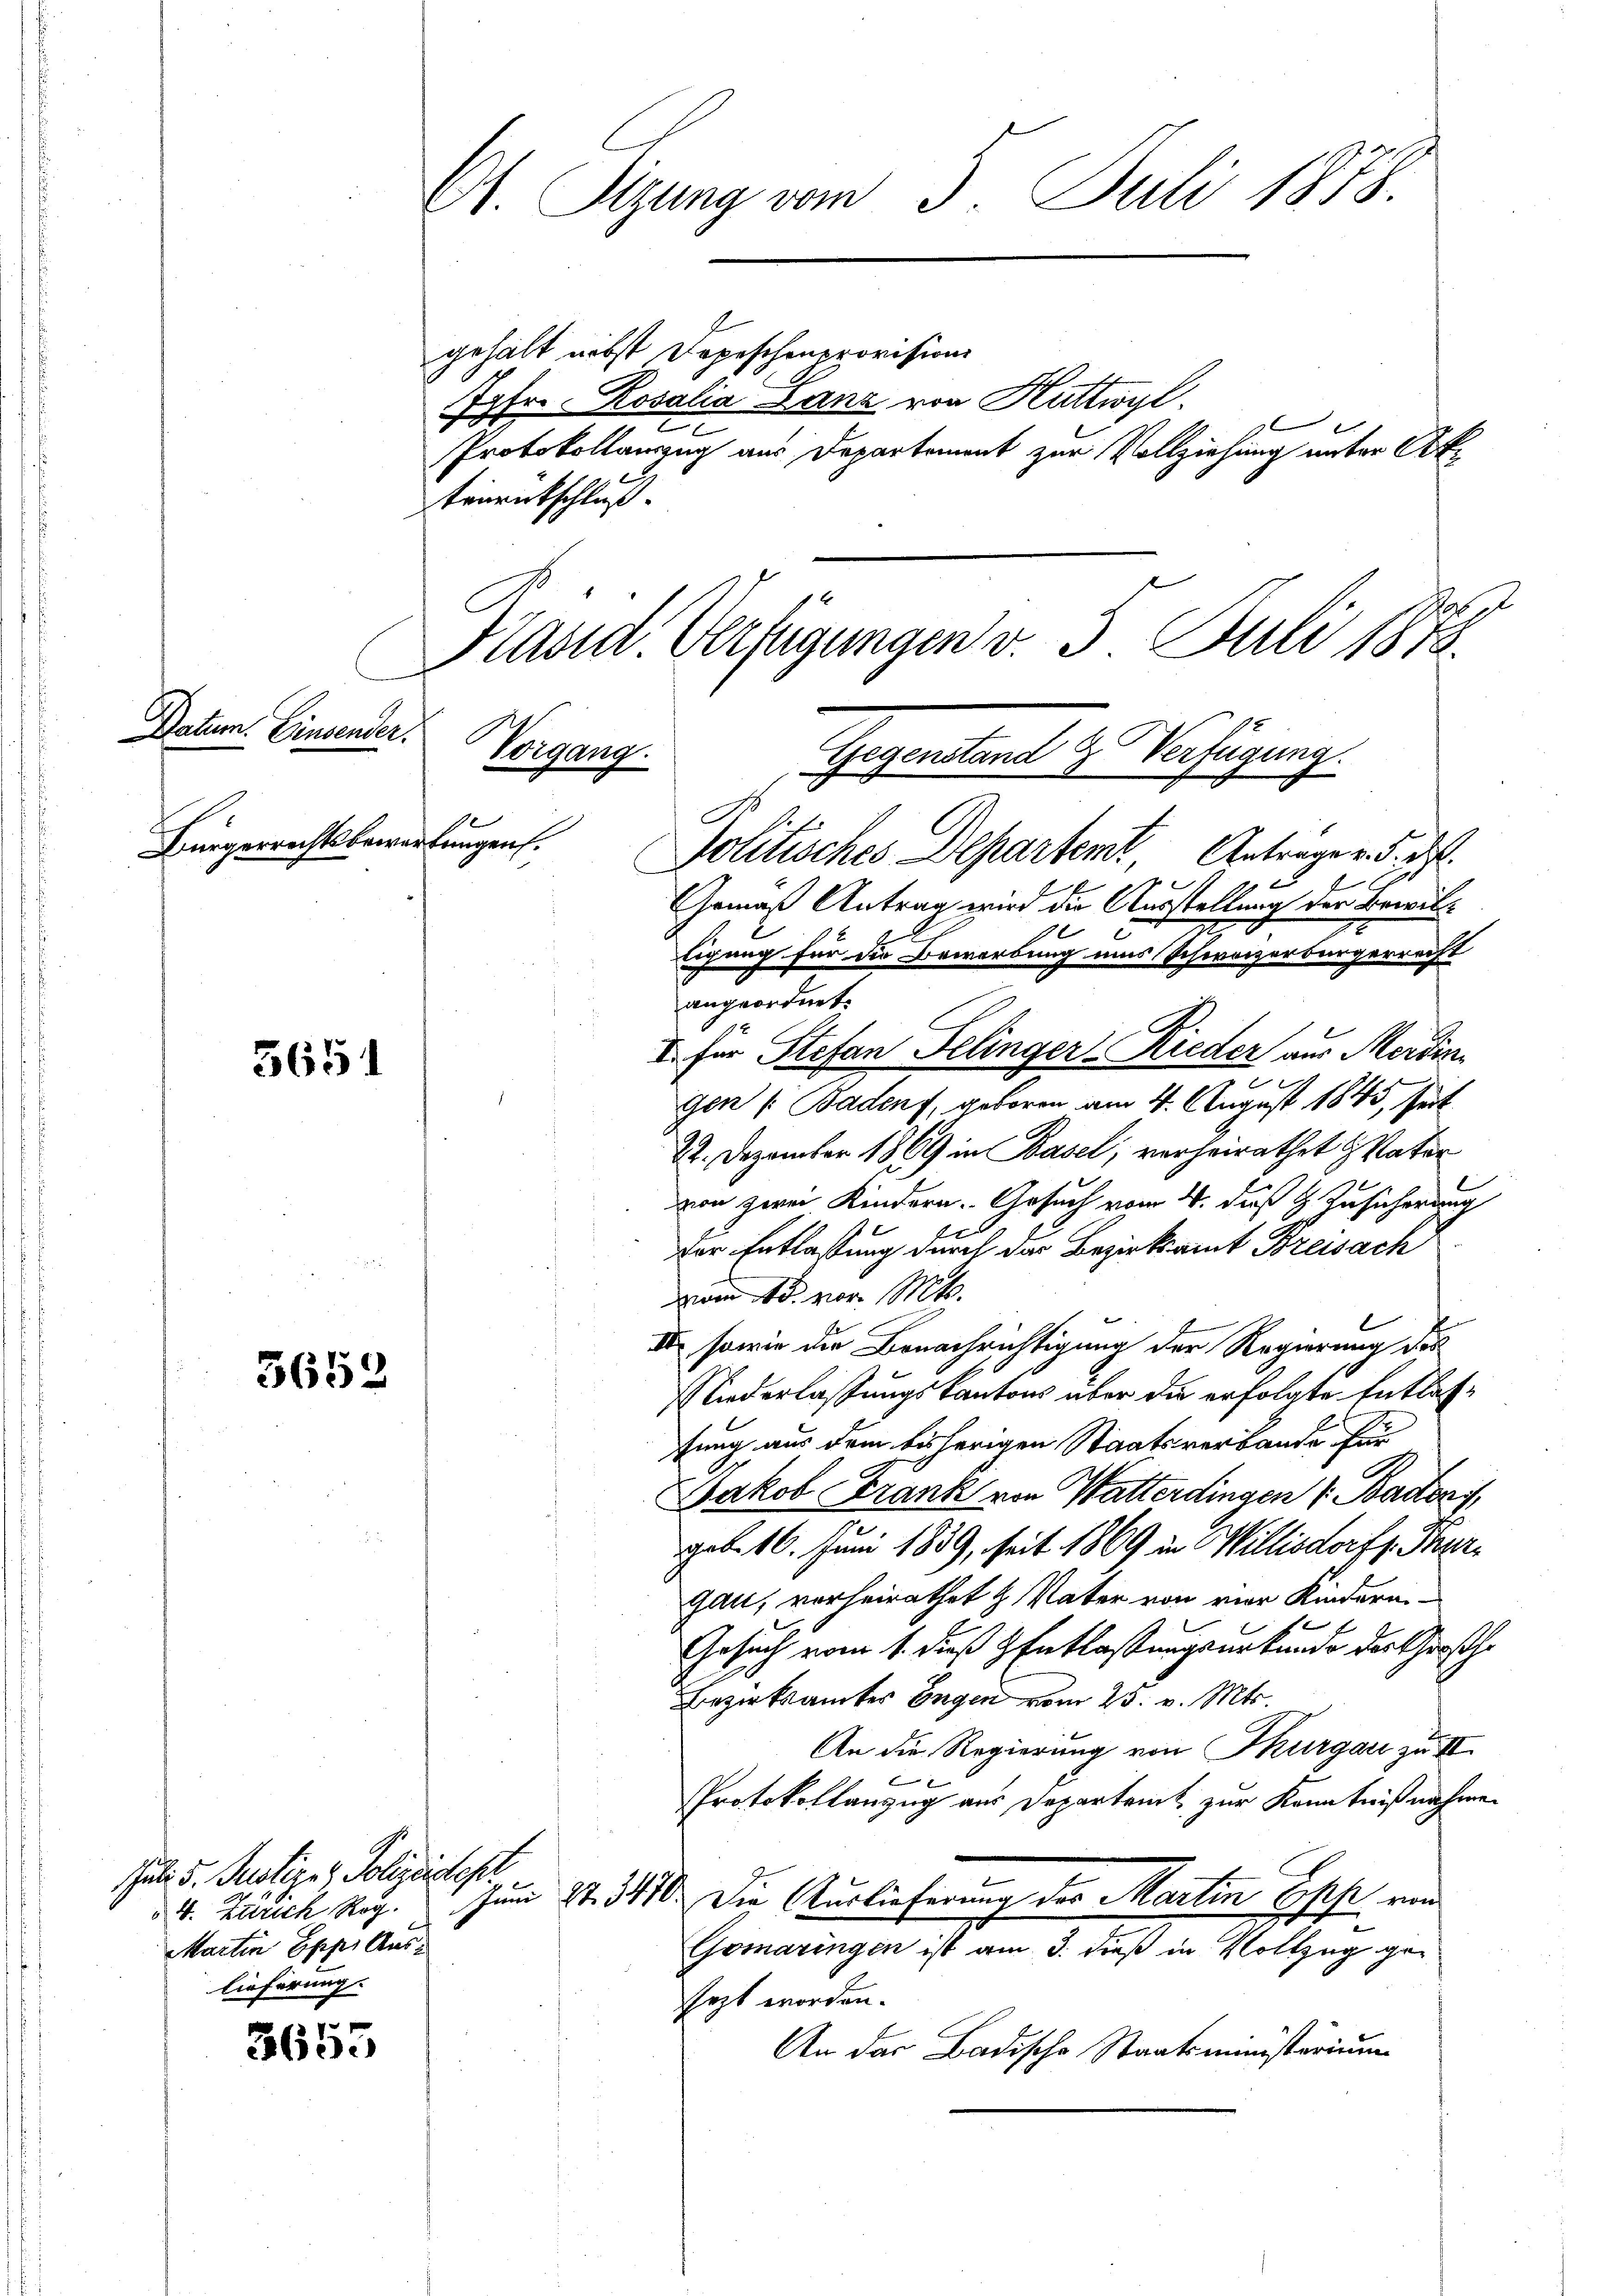
Datum. Einsender.

Bürgerrechtsbewartungen.

5651

5652

3655

Ct. Sitzung vom 3. Juli 1878.

e

gehalt nebst Depeschenprovision
Jgfr. Rosalia Lanz von Huttwyl
e
Protokollauszug aus Departement zur Vollziehung unter Aktrunkschluß.
Kasid. Verfügungen v. 3. Juli 1872.

Politisches Departent, Antrage v. d. d.
Gemäß Antrag wird die Ausstellung der Bewilli
tigung für die Bewerbung uns Schweizerbürgerrecht
angeordnet.
A.
I für Stefan Felinger-Rieder aus Merdin
e
gen (: Badens, geboren am 4. August 1845, seit
22. Dezember 1869 in Basel, vorheirathet Vater
von zwei Kindern. Gesuch vom 4. daß H. Zusicherung
Der Entlaßung durch der Bezirksamt Breisach
vom 15. vor. Mt.
II sowie die Benachrichtigung der Regierung des
Niederlassungskantons über die erfolgte Entlasfung aus dem bisherigen Staatsverbande für
Jakob Frank von Watterdingen v. Baden,
geb. 16. Juni 1839, seit 1869 in Willisdorf s. Thur-
gau, vorheirathet & Vater von vier Kindern
2
Gesuch vom 1. dieß z Entlassungsurkunde des Großhe
Bezirksamter Engen vom 25. v. Mts.
An die Regierung von Thurgau zu III.
Protokollanzug aus Departent zur Kenntnißnahmen
v. Zürich Reg. Juni 21. 3470. Die Auslieferung des Martin Eisst, von
Gomaringen ist am 3. dieß in Vollzug gesezt worden.
An das Badische Staatsministerium

Schule d. Justiz- & Polizeistest
Martin Epp. Auslieferung.

h

Vorgang.
Gegenstand & Verfügung.